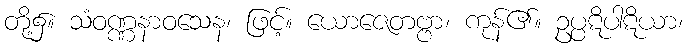
တို့၌။ သံဝဏ္ဏနာဝသေန၊ ဖြင့်။ ယောဇေတဗ္ဗာ၊ ကုန်၏။ ဥပ္ပဋိပါဋိယာ၊